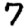
Digit: 7